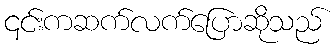
၎င်းကဆက်လက်ပြောဆိုသည်